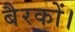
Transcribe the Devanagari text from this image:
बैरकों।